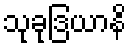
သုခုဒြယာနိ